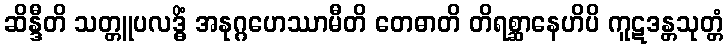
ဆိန္ဒီတိ သတ္တူပလဒ္ဓိံ အနုဂ္ဂဟေဿာမီတိ တေဓာတိ တိရစ္ဆာနေဟိပိ ကူဋဒန္တသုတ္တံ